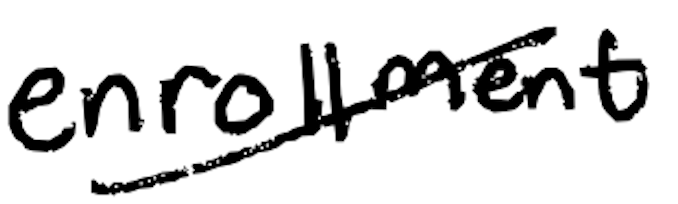
Text: enrollment
Cross-out: diagonal
Writing tool: digital_black